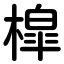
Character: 槹